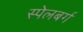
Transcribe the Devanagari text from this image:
स्पेलबर्ग